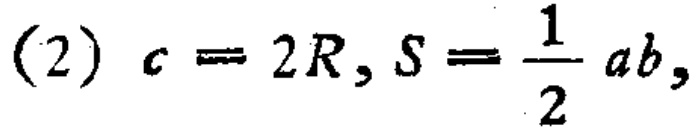
(2) \(c = 2R, S=\frac{1}{2}ab,\)